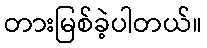
တားမြစ်ခဲ့ပါတယ်။